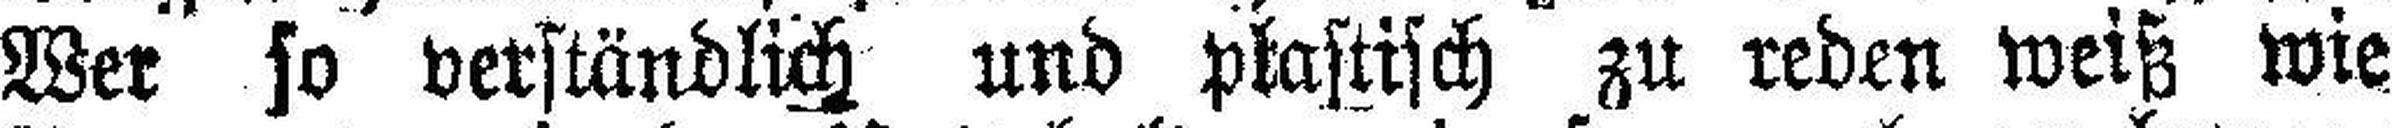
Wer so verständlich und plastisch zu reden weiß wie